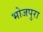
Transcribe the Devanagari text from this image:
भोजपुरा